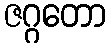
ဇဂ္ဂတော